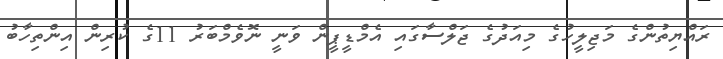
ރައްޔިތުންގެ މަޖިލީހުގެ މިއަދުގެ ޖަލްސާގައި އެމްޑީޕީން ވަނީ ނޮވެމްބަރު 11ގެ ކުރިން އިންތިހާބު